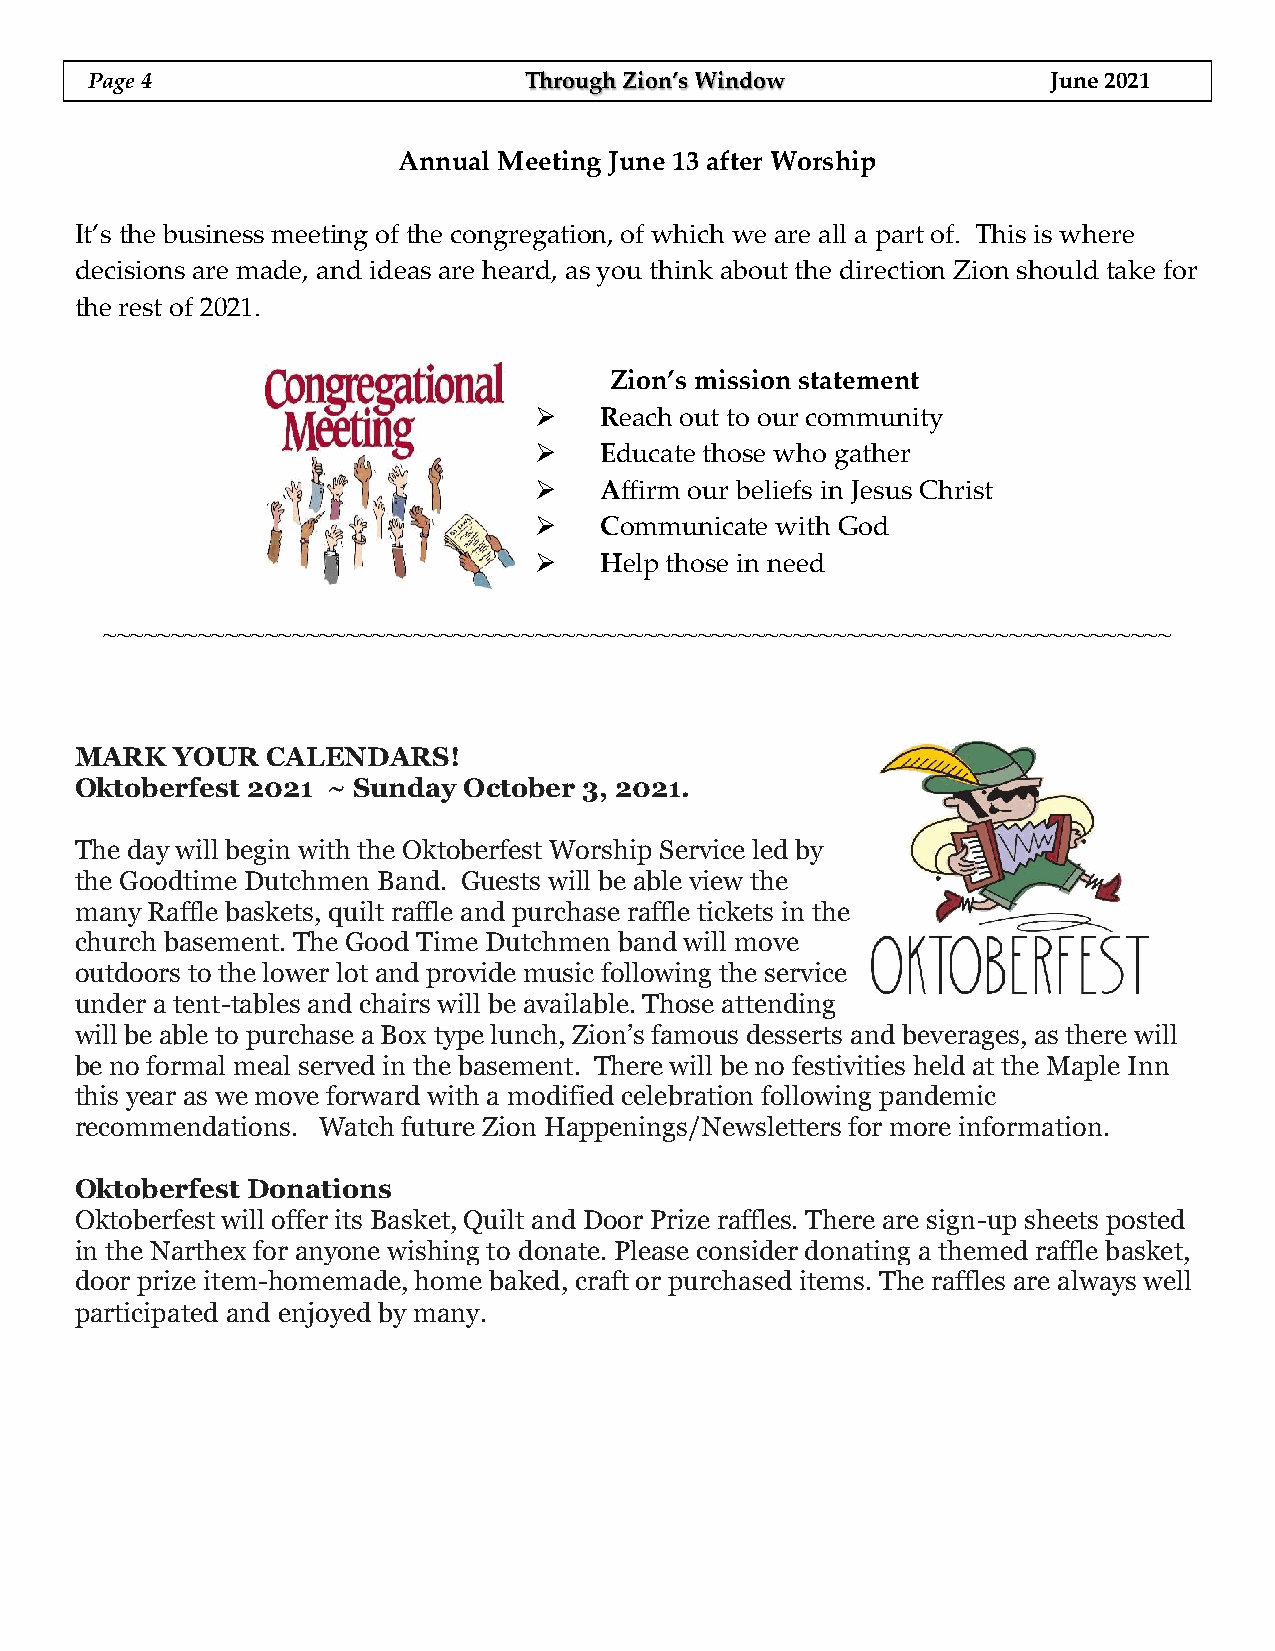
Page 4                       Through Zion’s Window              June 2021
 Annual Meeting June 13 after Worship
 It’s the business meeting of the congregation, of which we are all a part of. This is where
 decisions are made, and ideas are heard, as you think about the direction Zion should take for
 the rest of 2021.
 Zion’s mission statement
 ➢    Reach out to our community
 ➢    Educate those who gather
 ➢    Affirm our beliefs in Jesus Christ
 ➢    Communicate with God
 ➢    Help those in need
 ~~~~~~~~~~~~~~~~~~~~~~~~~~~~~~~~~~~~~~~~~~~~~~~~~~~~~~~~~~~~~~~~~~~~~~~~~~~~~~~
 MARK   YOUR  CALENDARS!
 Oktoberfest 2021 ~ Sunday October 3, 2021.
 The day will begin with the Oktoberfest Worship Service led by
 the Goodtime Dutchmen Band. Guests will be able view the
 many Raffle baskets, quilt raffle and purchase raffle tickets in the
 church basement. The Good Time Dutchmen band will move
 outdoors to the lower lot and provide music following the service
 under a tent-tables and chairs will be available. Those attending
 will be able to purchase a Box type lunch, Zion’s famous desserts and beverages, as there will
 be no formal meal served in the basement. There will be no festivities held at the Maple Inn
 this year as we move forward with a modified celebration following pandemic
 recommendations. Watch future Zion Happenings/Newsletters for more information.
 Oktoberfest Donations
 Oktoberfest will offer its Basket, Quilt and Door Prize raffles. There are sign-up sheets posted
 in the Narthex for anyone wishing to donate. Please consider donating a themed raffle basket,
 door prize item-homemade, home baked, craft or purchased items. The raffles are always well
 participated and enjoyed by many.